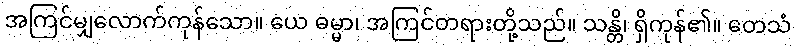
အကြင်မျှလောက်ကုန်သော။ ယေ ဓမ္မာ၊ အကြင်တရားတို့သည်။ သန္တိ၊ ရှိကုန်၏။ တေသံ